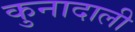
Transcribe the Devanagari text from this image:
कुनादाली